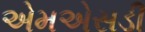
એમએસડી